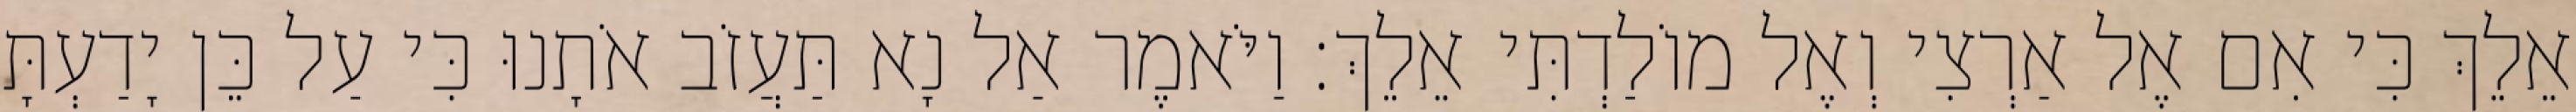
אֵלֵךְ כִּי אִם אֶל אַרְצִי וְאֶל מוֹלַדְתִּי אֵלֵךְ׃ וַיֹּאמֶר אַל נָא תַּעֲזֹב אֹתָנוּ כִּי עַל כֵּן יָדַעְתָּ